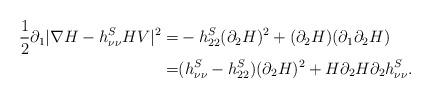
LaTeX: \begin{align*}\frac{1}{2} \partial_1 |\nabla H-h^S_{\nu\nu}HV|^2 = & -h^S_{22} (\partial_2 H)^2 +(\partial_2 H)(\partial_1 \partial_2 H) \\=& (h^S_{\nu \nu} -h^S_{22}) (\partial_2 H)^2 + H \partial_2 H \partial_2 h^S_{\nu \nu}.\end{align*}